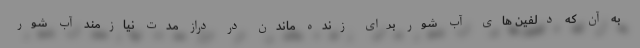
به آن که دلفین های آب شور برای زنده ماندن در دراز مدت نیازمند آب شور